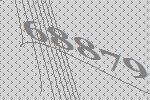
68879